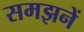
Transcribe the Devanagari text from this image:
समझनें